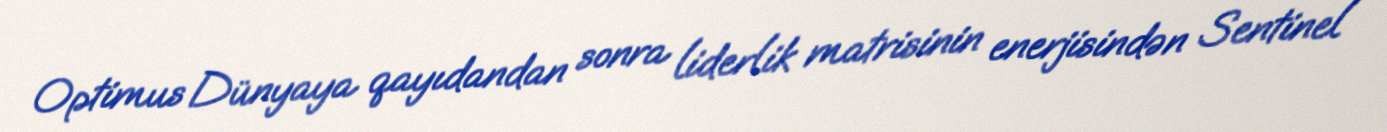
Optimus Dünyaya qayıdandan sonra liderlik matrisinin enerjisindən Sentinel